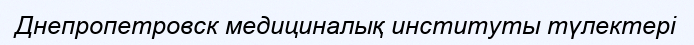
Днепропетровск медициналық институты түлектері